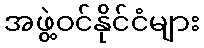
အဖွဲ့ဝင်နိုင်ငံများ